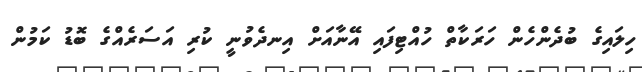
ހިލައިގެ ބުދެންހެން ހަރަކާތް ހުއްޓިފައި އޭނާއަށް އިނދެވުނީ ކުރި އަސަރެއްގެ ބޮޑު ކަމުން